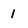
Character: 1